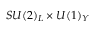
S U ( 2 ) _ { L } \times U ( 1 ) _ { Y }